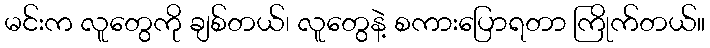
မင်းက လူတွေကို ချစ်တယ်၊ လူတွေနဲ့ စကားပြောရတာ ကြိုက်တယ်။